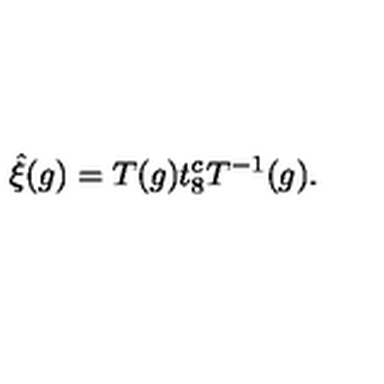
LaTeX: \hat { \xi } ( g ) = T ( g ) t _ { 8 } ^ { c } T ^ { - 1 } ( g ) .